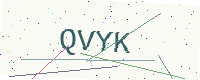
Text: QVYK